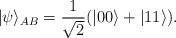
LaTeX: \begin{align*} |\psi\rangle_{AB}=\dfrac{1}{\sqrt{2}}(|00\rangle+|11\rangle).\end{align*}